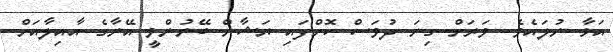
އަޅާ ނުލައެވެ. ވަރަށް ގިނަ ދުވަސް ކޮށްފައި ޔަޝާން ބޭނުންވީ އޭނާގެ އާއިލާއަށް